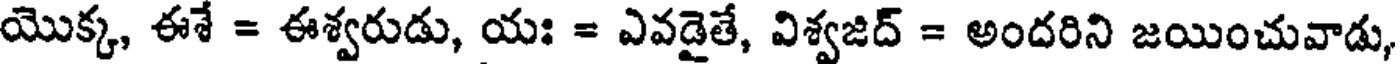
యొక్క, ఈశే = ఈశ్వరుడు, యః = ఎవడైతే, విశ్వజిద్ = అందరిని జయించువాడు,